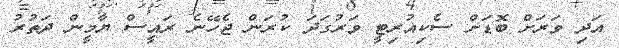
އަދި ވަރަށް ބޮޑަށް ސެކިއުރިޓީ ވަރުގަދަ ކުރަން ޖެހޭނެ ރައީސް ޔާމީން ދަތުރު